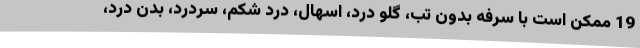
19 ممکن است با سرفه بدون تب، گلو درد، اسهال، درد شکم، سردرد، بدن درد،